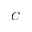
C